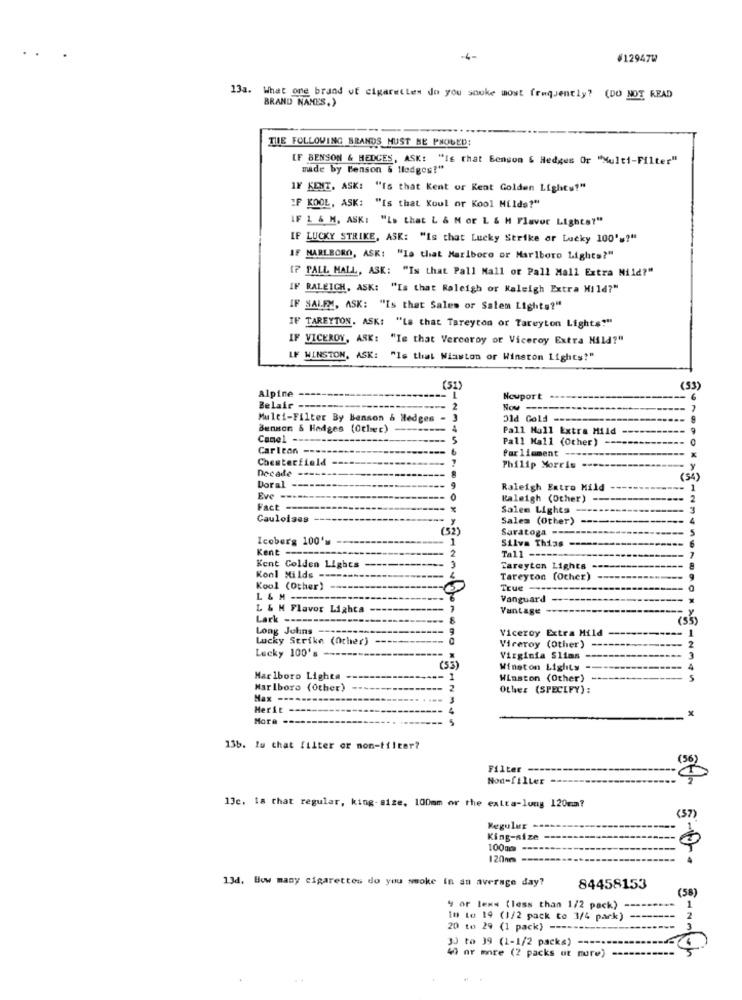
-4-
#12947W
13a. What one brand of cigarettes do you souke most frequently? (DO NOT READ
BRAND NAMES.)
THE FOLLOWING BRANDS MUST BE PHOUED:
[F BENSON & HEDCES, ASK: "IE that Benson & Hedges Or "Multi-Filter"
made by Benson & Hledges?"
IY KENT, ASK: "Is that Kent of Kent Golden Lights?"
IF KOOL, ASK: "Is that Koul or Kool Milds?"
IF 1 & M, ASKI "Ls that L & M or L & H Flavor Lights?"
IF LUCKY STRIKE, ASK: "Is that Lucky Strike or Lucky 100's?"
IF MARLBORO, ASK: "Is that Marlboro or Marlboro Lights?"
IF PALL MALL, ASK: "Is that Pall Mall or Pall Mall Extra Mild?"
IF RALEIGH, ASK: "Is that Raleigh or Kaleigh Extra Hild?"
IF SALEM, ASK: "Is that Sales or Salem Lights?"
IF TAREYTON. ASKI "Ls that Tareyton or Tareyton Lights?"
IF VICEROY, ASK: "Is that Verceroy or Viceroy Extra Nild?"
LF WINSTON, ASK: "Is that Winston or Winston Lights?"
Alpine
(33)
Nouport
Belair
2
Multi-Filter By Benson & Hedges
Old Gold -----
Benson & Hodges (Other)
4
Pall Mall Extra Mild
Canel ----
-
5
Pall Mall (Other)
Carleon ---
Parliament
Chesterfield
Decade
-----
Philip Morris =>
y
8
Doral --------
Raleigh Extra Mild
1
Eve ----
Kaleigh (Other) --
2
Fact -
Sales Lights
-----
Caulolaes
y
Salem (Other) ----
(52)
Saratoga ----
Iceberg 100'
1
Silva Thias ------
Kent
Tall
2
Kent Golden Lights -
3
Careyton Lights ---
Konl Milds -
Tareyton (Ocher)
Kool (Other)
True-
L & M
Vanguard
---
L & M Flavor Lights
Vantage
Lark ------
8
(55)
Long Johns
Viceroy Extra Mild
Lucky Strike (Other)
Lucky 100's
Viceroy (Other)
Virginia Slims -
(53)
Winston Lights
Marlboro Lights
Winston (Other)
5
Marlboro (Other)
2
Other (SPECIFY):
--- 3
Herit ----
--- 4
More -----
--- 5
13b. lu that filter or non-tilter?
Filter -----
13c. 18 that regular, king- size, 100mm or the extra-long 120mm?
(57)
Regular
King-size
100m ---
120m
5-O-
13d. How many cigarettes do you smoke in an average day?
84458153
(58)
9 or lens (less than 1/2 pack)
10 to 19 (1/2 pack to 3/4 park)
20 to 29 (1 pack)
30 to 39 (1-1/2 packs)
40 or more (2 packs ut mure)